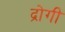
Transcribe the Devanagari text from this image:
द्रोगी